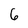
Character: 6